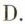
D.